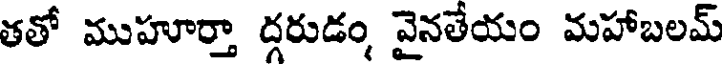
తతో ముహూర్తా దరుడం, వైనతేయం మహాబలమ్